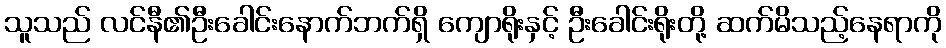
သူသည် လင်နီ၏ဦးခေါင်းနောက်ဘက်ရှိ ကျောရိုးနှင့် ဦးခေါင်းရိုးတို့ ဆက်မိသည့်နေရာကို